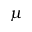
\mu